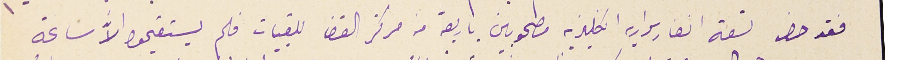
فقد حضر تسعة انفار سواريه انكليزيه مصحوبين باربعة من مركز القضا للقبيات فلم يستقيموا الاَّ سَاعة